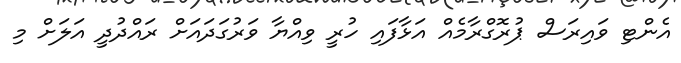
އެންޓި ވައިރަސް ޕުރޮގްރާމެއް އަޅާފައި ހުރީ ވިއްޔާ ވަރުގަދައަށް ރައްދުދީ އަލަށް މި